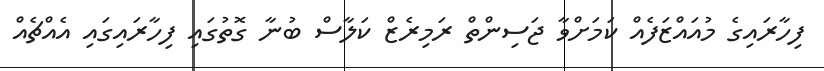
ފިހާރައިގެ މުއައްޒަފެއް ކަމަށްވާ ޖަސިންތް ރަމިރެޒް ކަލާސް ބުނާ ގޮތުގައި ފިހާރައިގައި އެއްޗެއް